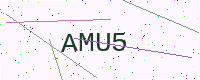
Text: AMU5